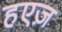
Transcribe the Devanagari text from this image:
हएज़